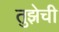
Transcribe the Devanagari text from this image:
तुझेची